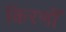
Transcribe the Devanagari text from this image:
किरणोँ